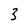
Character: 3